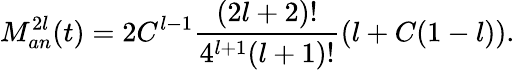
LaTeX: M_{an}^{2l}(t)=2C^{l-1}\frac{(2l+2)!}{4^{l+1}(l+1)!}\left(l+C(1-l)\right).